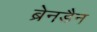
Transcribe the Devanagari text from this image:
ब्रेनडैन